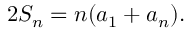
\ 2 S _ { n } = n ( a _ { 1 } + a _ { n } ) .